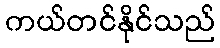
ကယ်တင်နိုင်သည်